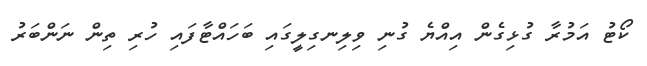
ކޯޓު އަމުރާ ގުޅިގެން އިއްޔެ ގުނި ވިލިނގިލީގައި ބަހައްޓާފައި ހުރި ތިން ނަންބަރު